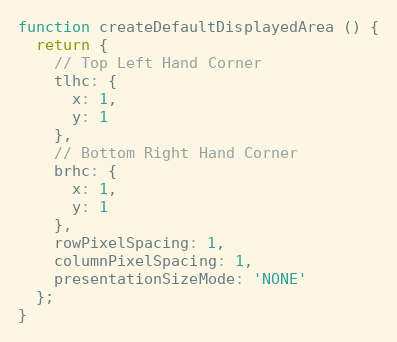
Language: JavaScript
function createDefaultDisplayedArea () {
  return {
    // Top Left Hand Corner
    tlhc: {
      x: 1,
      y: 1
    },
    // Bottom Right Hand Corner
    brhc: {
      x: 1,
      y: 1
    },
    rowPixelSpacing: 1,
    columnPixelSpacing: 1,
    presentationSizeMode: 'NONE'
  };
}